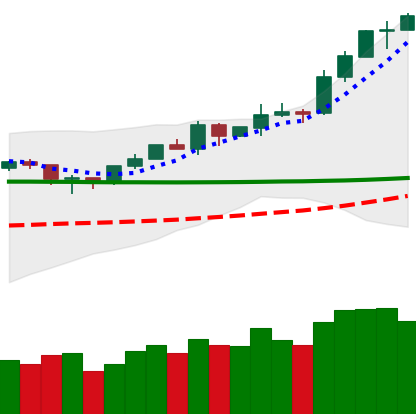
Ticker: ETH-USD
Chart end date: 2020-02-09
Forward return: 24.341%
Label: up_7plus